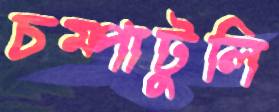
চম্পাটুলি